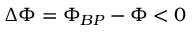
\Delta \Phi = \Phi _ { B P } - \Phi < 0